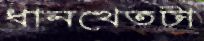
ধানখেতটা